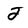
Character: J